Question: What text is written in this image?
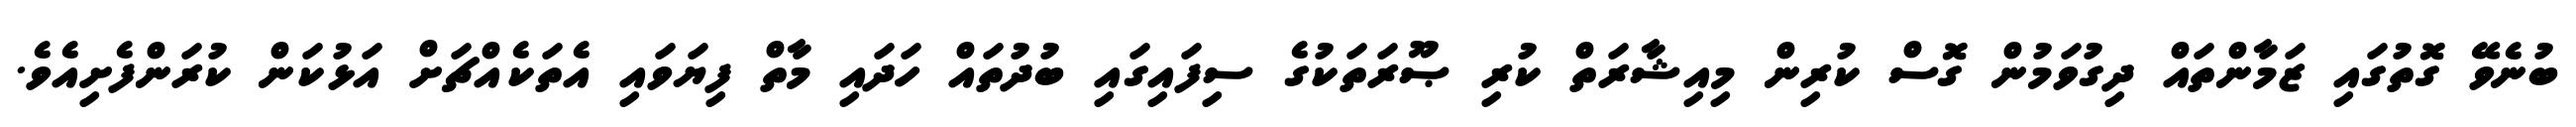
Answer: ބުނެވޭ ގޮތުގައި ޒަމާންތައް ދިގުވަމުން ގޮސް ކުރިން މިއިޝާރަތް ކުރި ޞޫރަތަކުގެ ސިފައިގައި ބުދުތައް ހަދައި މާތް ފިޔަވައި އެތަކެއްޗަށް އަޅުކަން ކުރަންފެށިއެވެ.